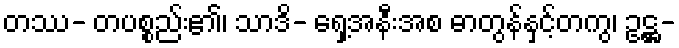
တဿ- တပစ္စည်း၏၊ သာဒိ- ရှေ့အနီးအစ ဓာတွန်နှင့်တကွ၊ ဥဋ္ဌ-